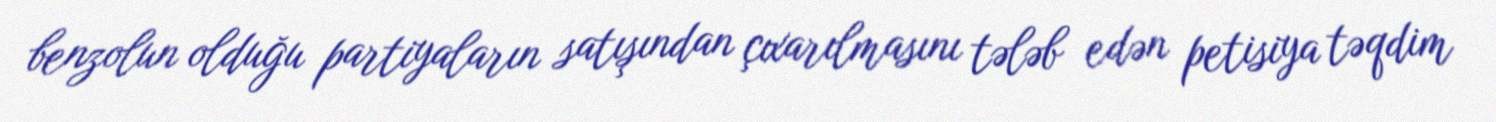
benzolun olduğu partiyaların satışından çıxarılmasını tələb edən petisiya təqdim